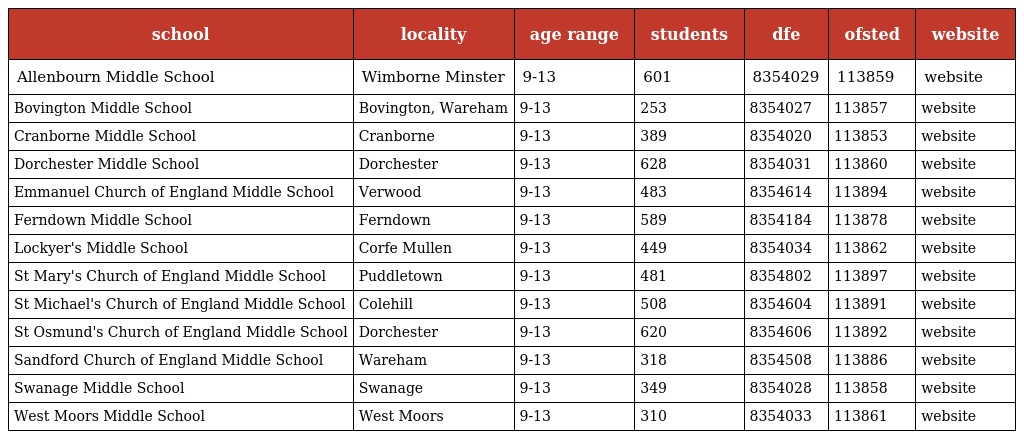
| school | locality | age range | students | dfe | ofsted | website |
 | --- | --- | --- | --- | --- | --- | --- |
 | Allenbourn Middle School | Wimborne Minster | 9-13 | 601 | 8354029 | 113859 | website |
 | Bovington Middle School | Bovington, Wareham | 9-13 | 253 | 8354027 | 113857 | website |
 | Cranborne Middle School | Cranborne | 9-13 | 389 | 8354020 | 113853 | website |
 | Dorchester Middle School | Dorchester | 9-13 | 628 | 8354031 | 113860 | website |
 | Emmanuel Church of England Middle School | Verwood | 9-13 | 483 | 8354614 | 113894 | website |
 | Ferndown Middle School | Ferndown | 9-13 | 589 | 8354184 | 113878 | website |
 | Lockyer's Middle School | Corfe Mullen | 9-13 | 449 | 8354034 | 113862 | website |
 | St Mary's Church of England Middle School | Puddletown | 9-13 | 481 | 8354802 | 113897 | website |
 | St Michael's Church of England Middle School | Colehill | 9-13 | 508 | 8354604 | 113891 | website |
 | St Osmund's Church of England Middle School | Dorchester | 9-13 | 620 | 8354606 | 113892 | website |
 | Sandford Church of England Middle School | Wareham | 9-13 | 318 | 8354508 | 113886 | website |
 | Swanage Middle School | Swanage | 9-13 | 349 | 8354028 | 113858 | website |
 | West Moors Middle School | West Moors | 9-13 | 310 | 8354033 | 113861 | website |